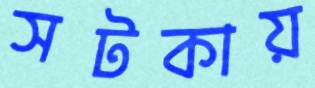
সটকায়